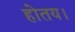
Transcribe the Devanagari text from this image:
होतय।